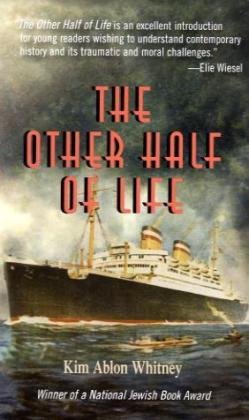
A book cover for The Other Half of Life; Kim Ablon Whitney; Teen & Young Adult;